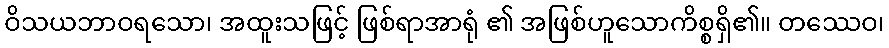
ဝိသယဘာဝရသော၊ အထူးသဖြင့် ဖြစ်ရာအာရုံ ၏ အဖြစ်ဟူသောကိစ္စရှိ၏။ တဿေဝ၊